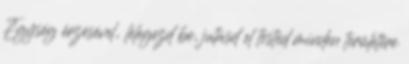
Egység érzésével, .lélegezd be, jutasd el tested minden területére